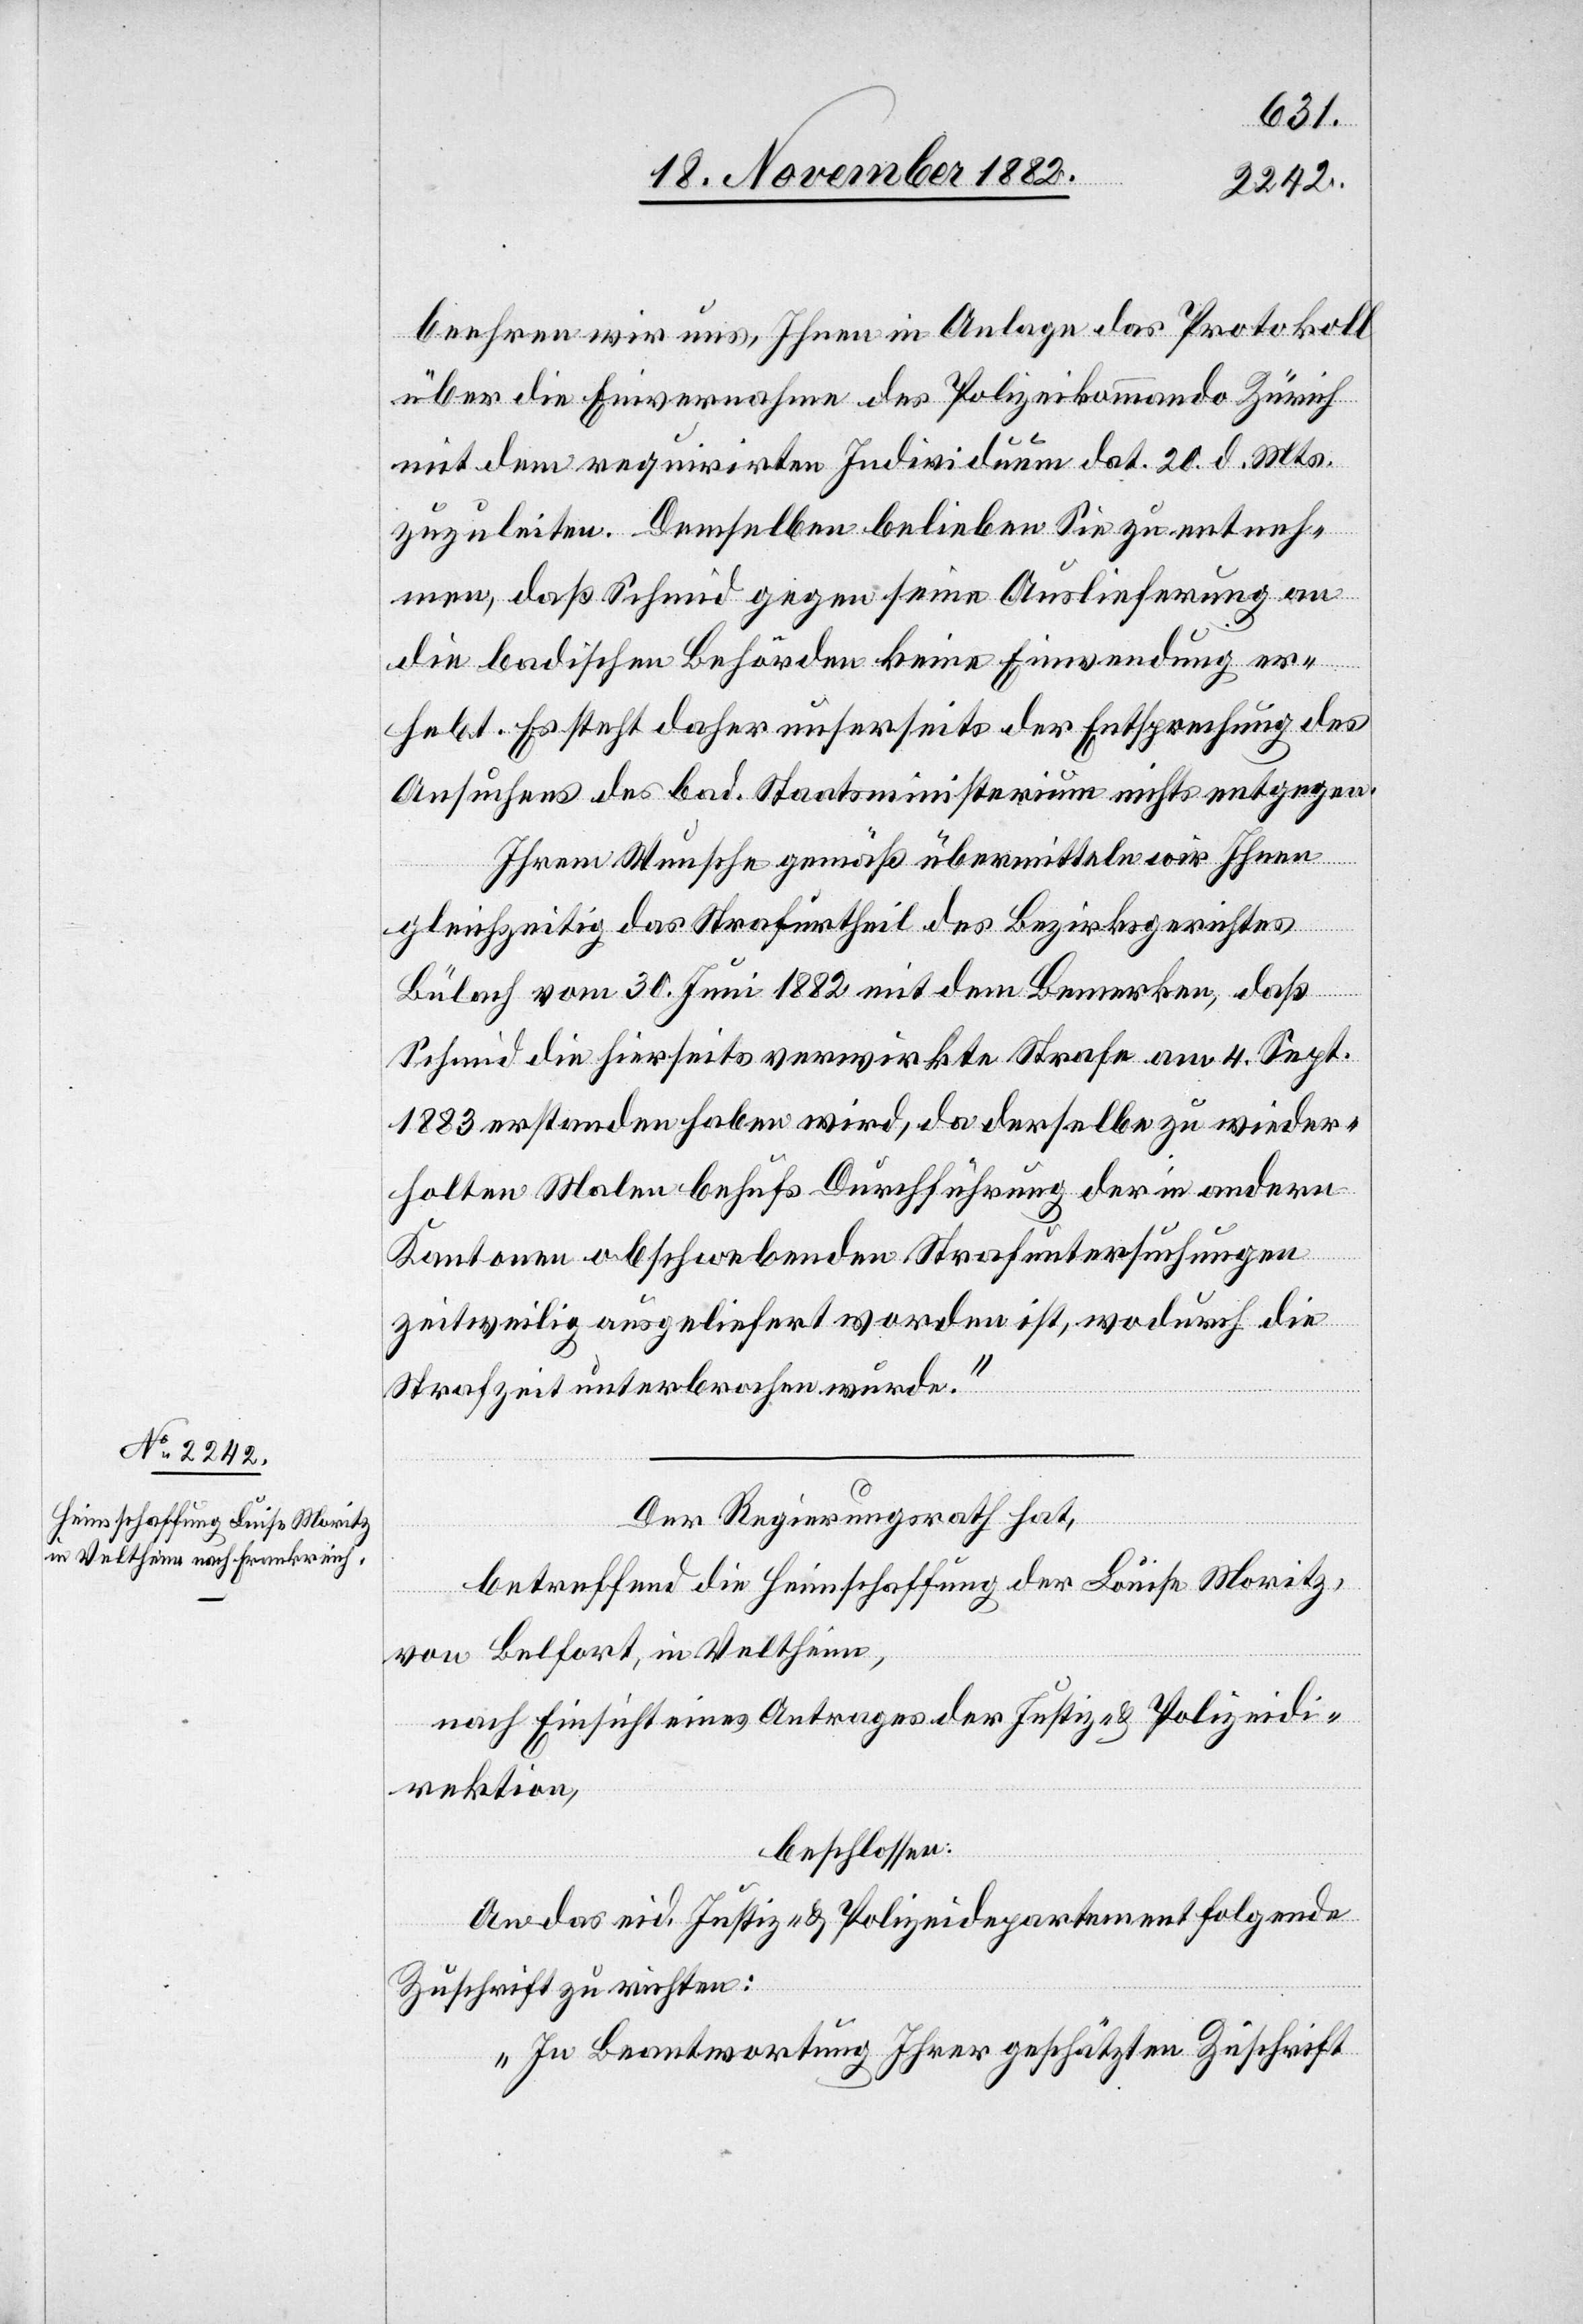
22. November 1882.]
beehren wir uns, Ihnen in Anlage das Protokoll
über die Einvernahme des Polizeikommando Zürich
mit dem requirirten Individuum dat. 20. d. Mts.
zuzuleiten. Demselben belieben Sie zu entneh¬
men, daß Schmid gegen seine Auslieferung an
die badischen Behörden keine Einwendung er¬
hebt. Es steht daher unserseits der Entsprechung des
Ansuchens des bad. Staatsministeriums nichts entgegen.
Ihrem Wunsche gemäß übermitteln wir Ihnen
gleichzeitig das Strafurtheil des Bezirksgerichtes
Bülach vom 30. Juni 1882 mit dem Bemerken, daß
Schmid die hierseits verwirkte Strafe am 4. Sept.
1883 erstanden haben wird, da derselbe zu wieder¬
holten Malen behufs Durchführung der in andern
Kantonen obschwebenden Strafuntersuchungen
zeitweilig ausgeliefert worden ist, wodurch die
Strafzeit unterbrochen wurde.“
Der Regierungsrath hat,
betreffend die Heimschaffung der Louise [sic!]
von Belfort, in Veltheim,
nach Einsicht eines Antrages der Justiz- & Polizeidi¬
rektion,
beschlossen:
An das eid. Justiz- & Polizeidepartement folgende
Zuschrift zu richten:
„In Beantwortung Ihrer geschätzten Zuschrift